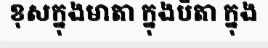
ខុសក្នុងមាតា ក្នុងបិតា ក្នុង